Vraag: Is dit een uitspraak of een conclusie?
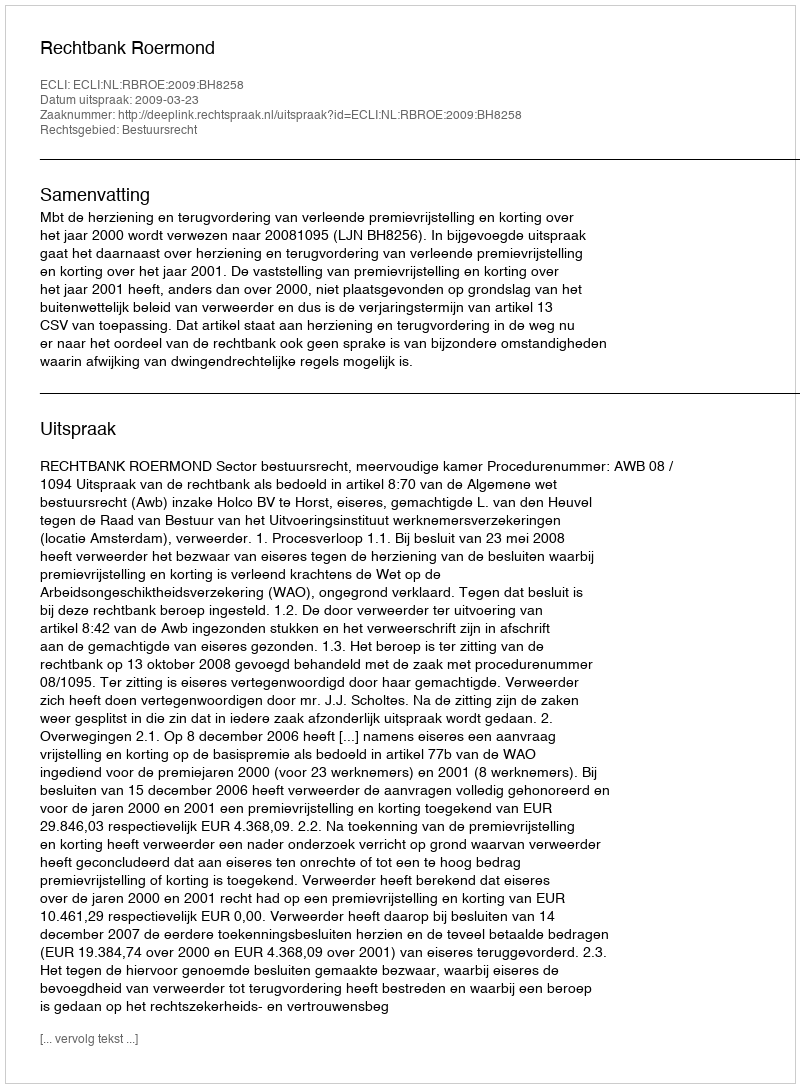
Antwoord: Uitspraak